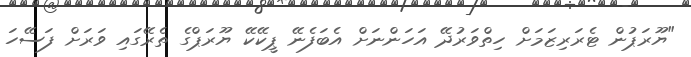
"ޔޫރަޕުން ޓެރަރިޒަމަށް ހިތްވަރުދޭ އަހަންނަށް އެބަފެނޭ ޕީކޭކޭ ޔޫރަޕްގެ ތެރޭގައި ވަރަށް ފަސޭހަ